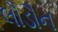
લૌડૌન